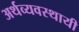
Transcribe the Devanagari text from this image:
अर्थव्यवस्थायी